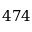
4 7 4